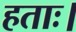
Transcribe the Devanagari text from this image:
हताः।